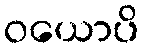
ဝယောပိ